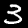
Label: 3